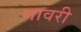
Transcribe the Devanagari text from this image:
गावरी